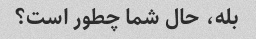
بله، حال شما چطور است؟